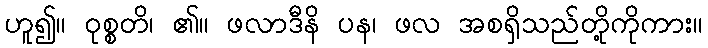
ဟူ၍။ ဝုစ္စတိ၊ ၏။ ဖလာဒီနိ ပန၊ ဖလ အစရှိသည်တို့ကိုကား။